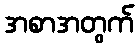
အစာအတွက်